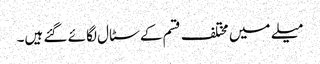
میلے میں مختلف قسم کے سٹال لگائے گئے ہیں۔